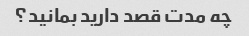
چه مدت قصد دارید بمانید؟